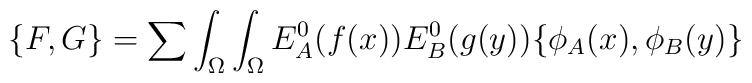
\{ F,G \} =\sum\int_{\Omega}\int_{\Omega} E^0_A(f(x))E^0_B(g(y))\{ \phi_A(x),\phi_B(y)\}